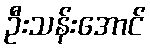
ဦးသန်းအောင်